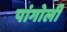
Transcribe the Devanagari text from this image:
पांगोली